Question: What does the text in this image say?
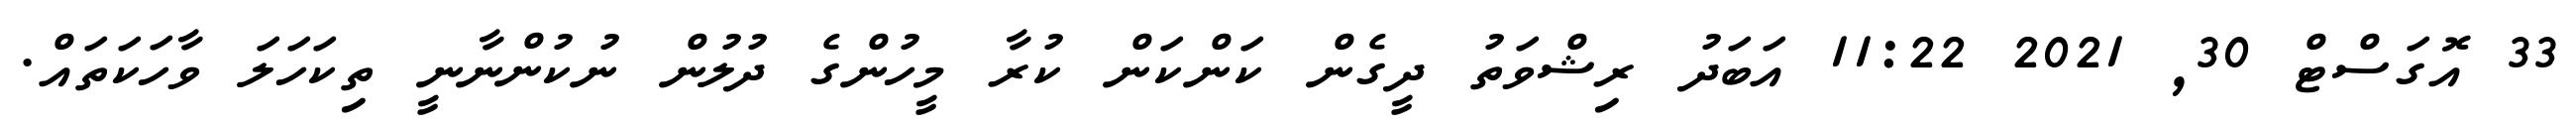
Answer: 33 އޮގަސްޓް 30, 2021 11:22 އަބަދު ރިޝްވަތު ދީގެން ކަންކަން ކުރާ މީހުންގެ ދުލުން ނުކުންނާނީ ތިކަހަލަ ވާހަކަތައް.